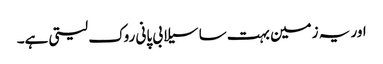
اور یہ زمین بہت سا سیلابی پانی روک لیتی ہے۔